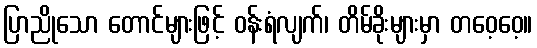
ပြာညိုသော တောင်များဖြင့် ဝန်းရံလျက်၊ တိမ်ခိုးများမှာ တဝေ့ဝေ့။